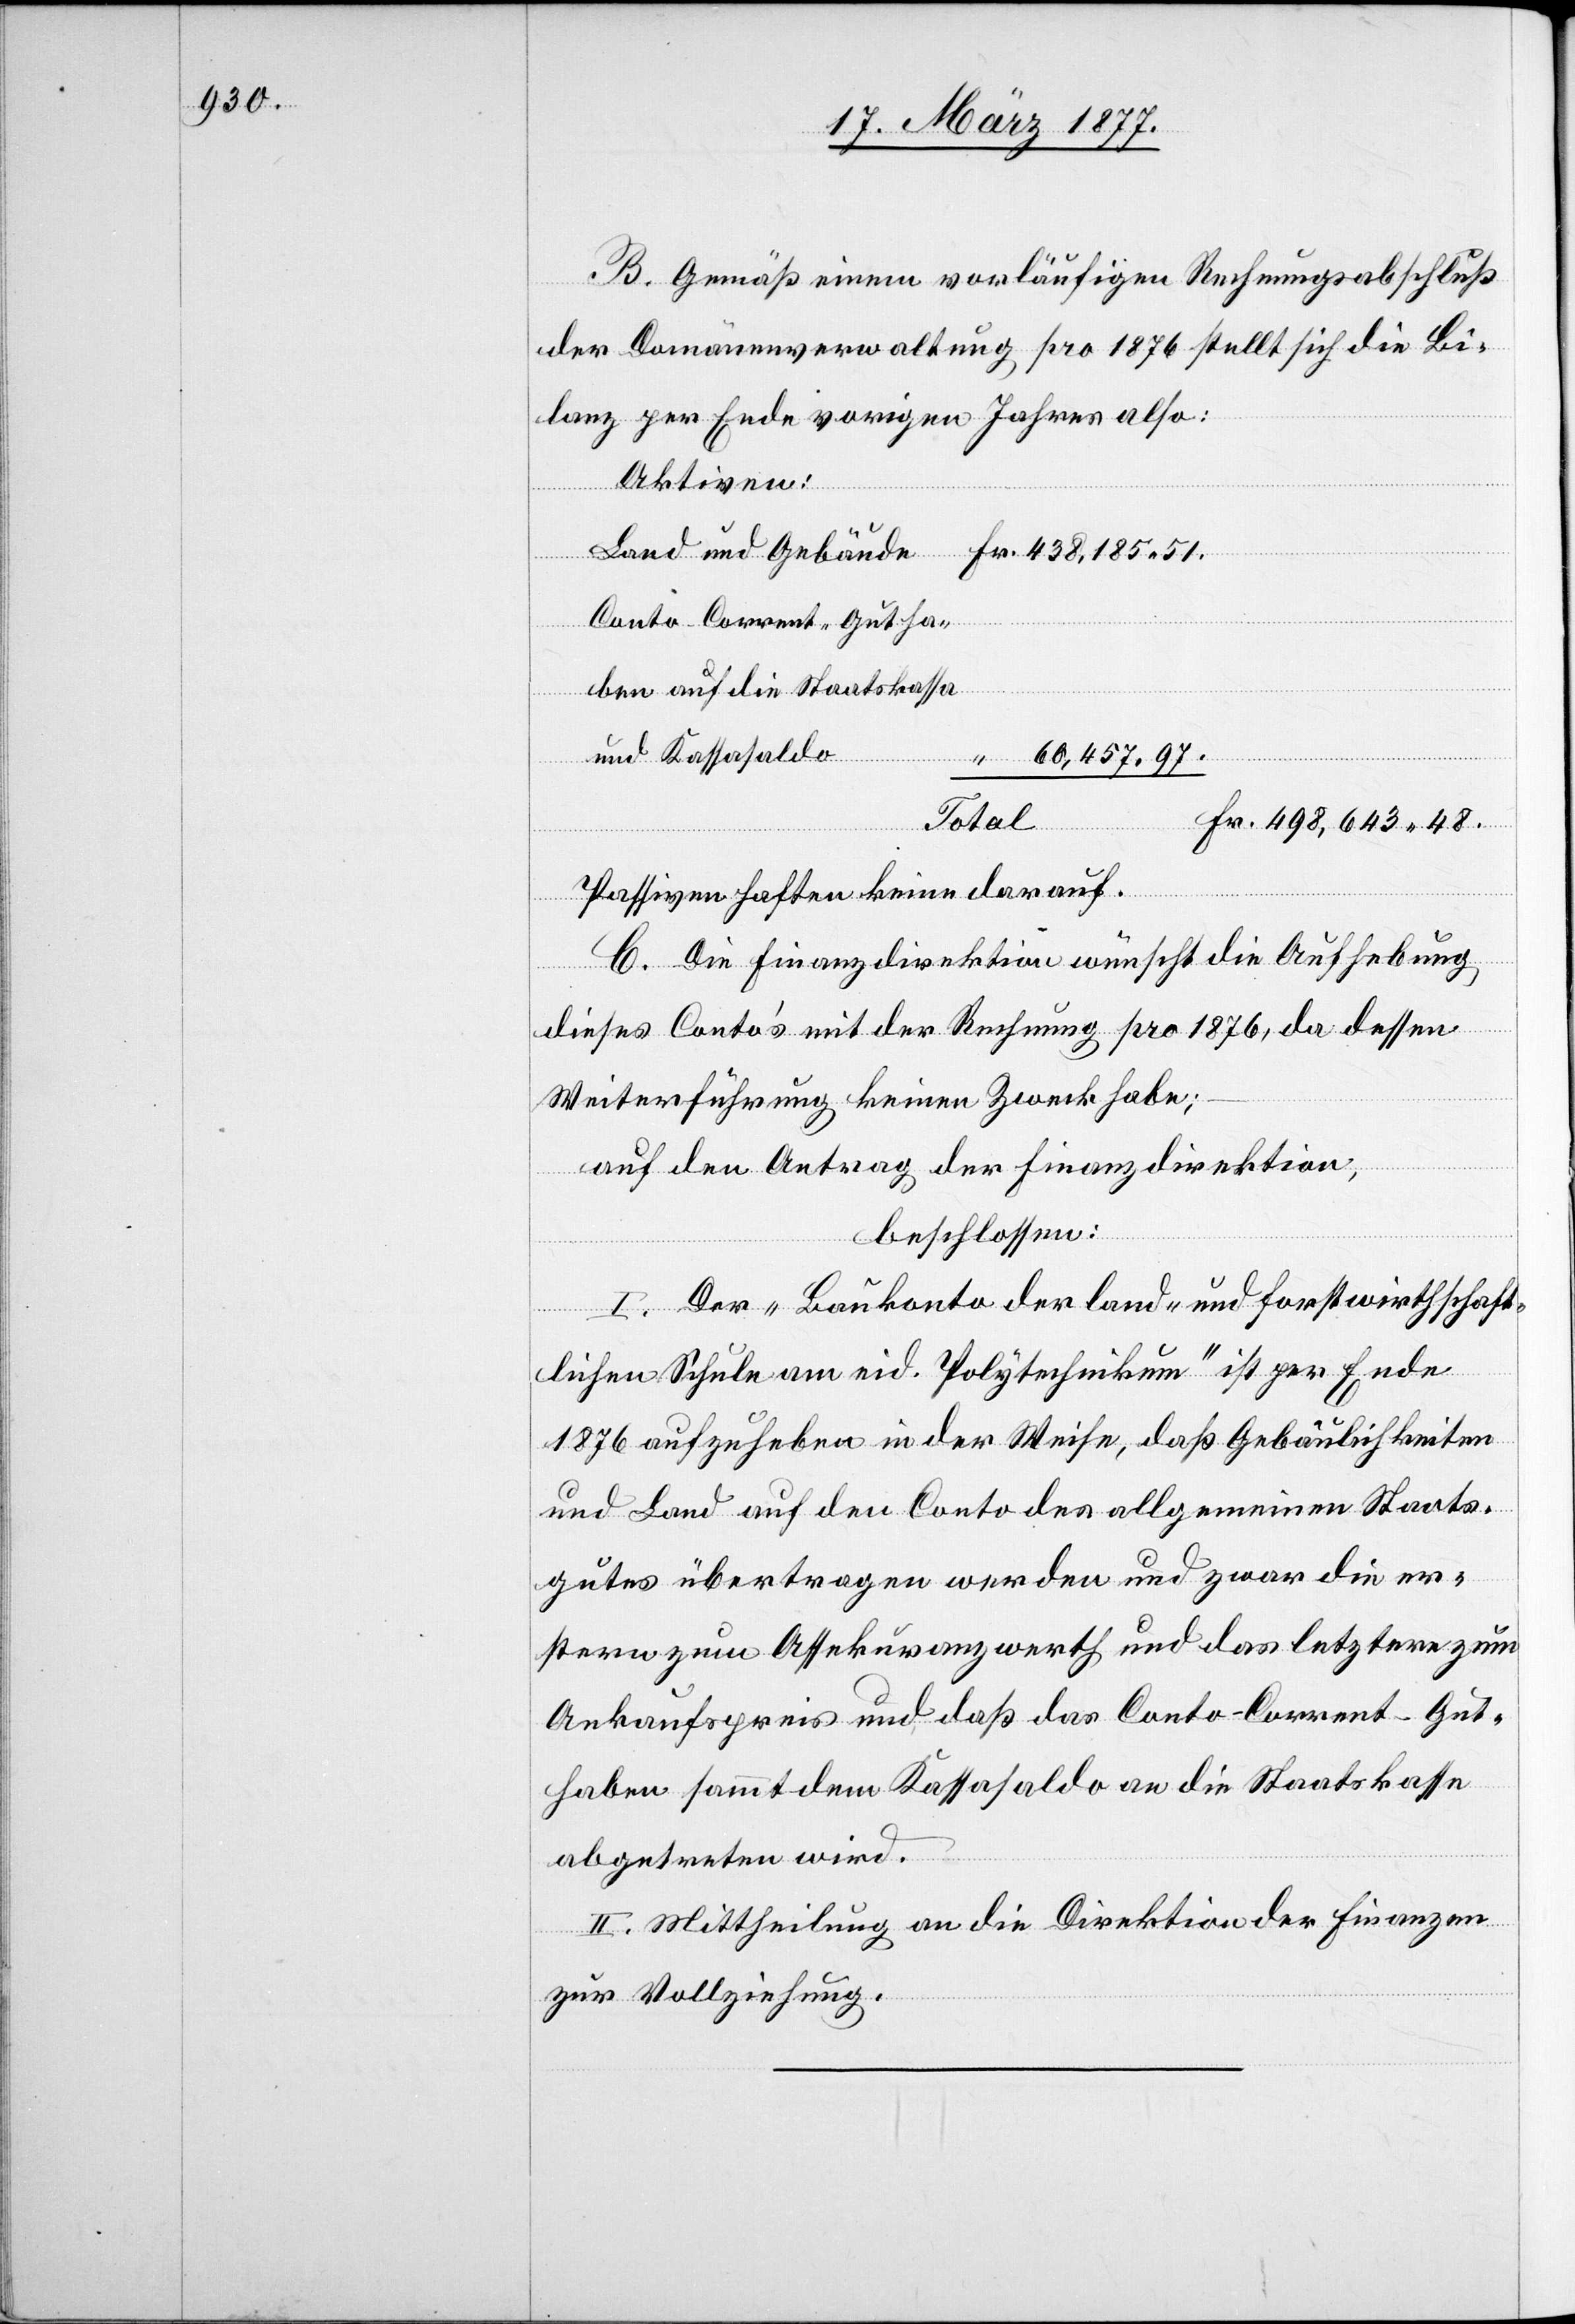
B. Gemäß einem vorläufigen Rechnungsabschluß
der Domänenverwaltung pro 1876 stellt sich die Bi¬
lanz per Ende vorigen Jahres also:
Aktiven:
Land und Gebäude
Fr.
Conto-Corrent-Gutha¬
ben auf die Staatskassa
und Kassasaldo
60,457 97
Total
Passiven haften keine darauf.
C. Die Finanzdirektion wünscht die Aufhebung
dieses Conto’s mit der Rechnung pro 1876, da dessen
Weiterführung keinen Zweck habe;
auf den Antrag der Finanzdirektion,
beschlossen:
I. Der „Baukonto der land- und forstwirthschaft¬
lichen Schule am eid. Polytechnikum“ ist per Ende
1876 aufzuheben in der Weise, daß Gebäulichkeiten
und Land auf den Conto des allgemeinen Staats¬
gutes übertragen werden und zwar die er¬
stern zum Assekuranzwerth und das letztere zum
Ankaufspreis und daß das Conto-Corrent-Gut¬
haben sammt dem Kassasaldo an die Staatskasse
abgetreten wird.
II. Mittheilung an die Direktion der Finanzen
zur Vollziehung.